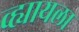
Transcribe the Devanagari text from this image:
व्ह्यायला